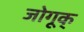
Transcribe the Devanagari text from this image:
जोगूक्